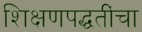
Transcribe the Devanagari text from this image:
शिक्षणपद्धतींचा